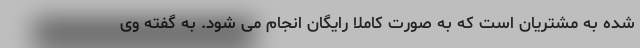
شده به مشتریان است که به صورت کاملا رایگان انجام می شود. به گفته وی